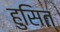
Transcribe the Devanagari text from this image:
हुसित्